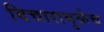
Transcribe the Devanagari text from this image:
विचारामुळेच